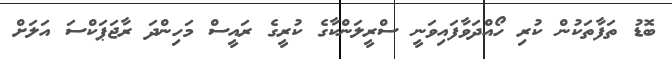
ބޮޑު ތަފާތަކުން ކުރި ހޯއްދަވާފައިވަނީ ސްރީލަންކާގެ ކުރީގެ ރައީސް މަހިންދަ ރާޖަޕަކްސަ އަލަށް